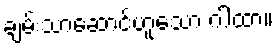
ချမ်းသာဆောင်ဟူသော ဂါထာ။